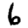
Digit: 6